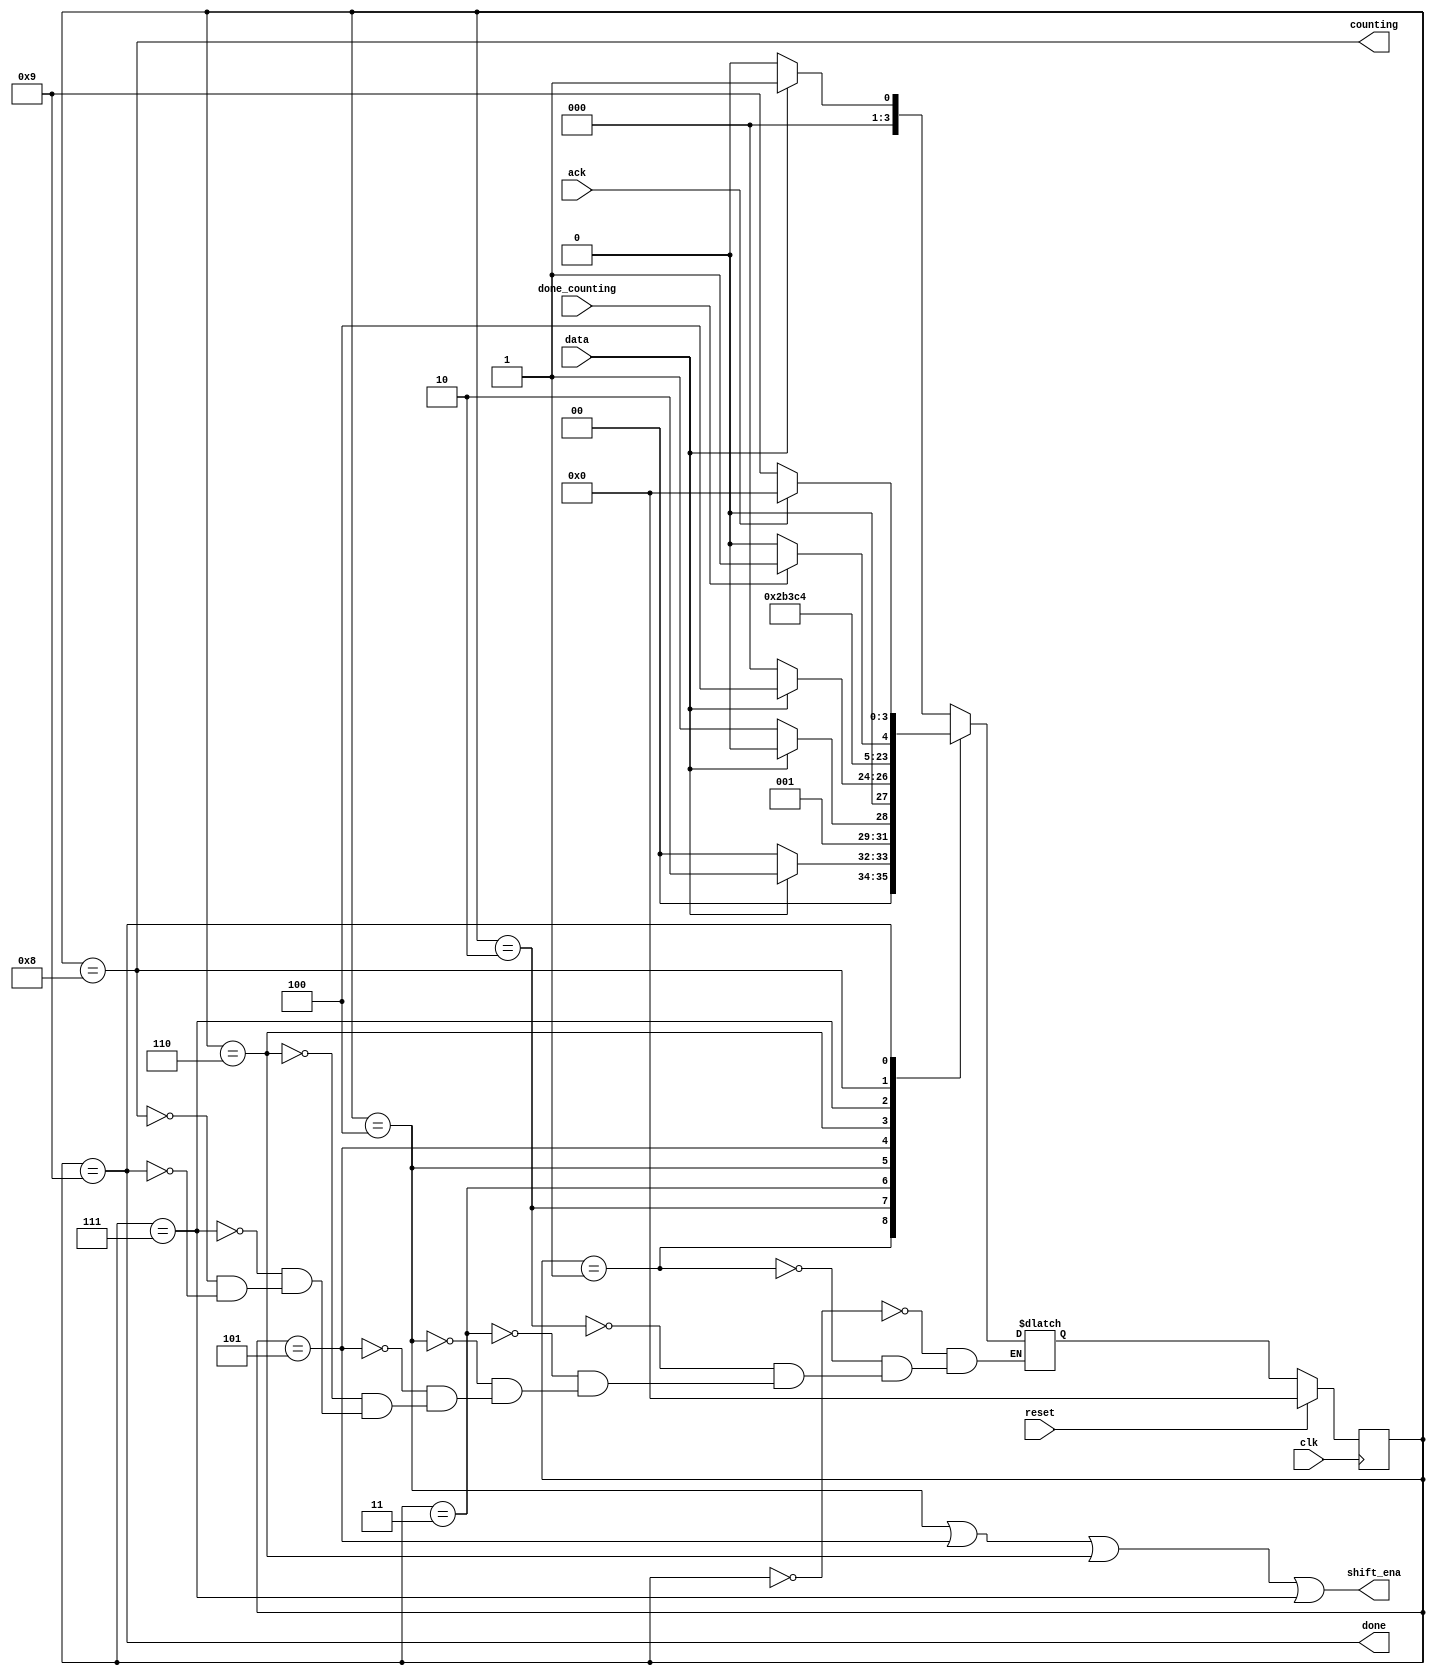
module top_module (
    input clk,
    input reset,      // Synchronous reset
    input data,
    output shift_ena,
    output counting,
    input done_counting,
    output done,
    input ack 
  );

	localparam [3:0] IDLE	= 0,
					 S1		= 1,
					 S11	= 2,
					 S110	= 3,
					 S1101	= 4,	//'S1101' and 'SHIFT0' can be regarded as one state.
					 SHIFT1 = 5,
					 SHIFT2 = 6,
					 SHIFT3 = 7,
					 COUNT  = 8,
					 DONE   = 9; 
	reg [3:0] state, next;

	always @(*) begin
		case (state) 
			IDLE  : next = (data) ? S1    : IDLE;
			S1    : next = (data) ? S11   : IDLE;
			S11   : next = (data) ? S11   : S110;
			S110  : next = (data) ? S1101 : IDLE;
			S1101 : next = SHIFT1;
			SHIFT1: next = SHIFT2;
			SHIFT2: next = SHIFT3;
			SHIFT3: next = COUNT;
			COUNT : next = (done_counting) ? DONE : COUNT;
			DONE  : next = (ack) ? IDLE : DONE;			
		endcase
	end

	always @(posedge clk) begin
		if (reset) state <= IDLE;
		else state <= next;
	end

	assign shift_ena = ((state == S1101) | (state == SHIFT1) | (state == SHIFT2) | (state == SHIFT3));
	assign counting = (state == COUNT);
	assign done = (state == DONE);
endmodule